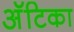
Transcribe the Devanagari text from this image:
अॅटिका